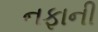
નફાની